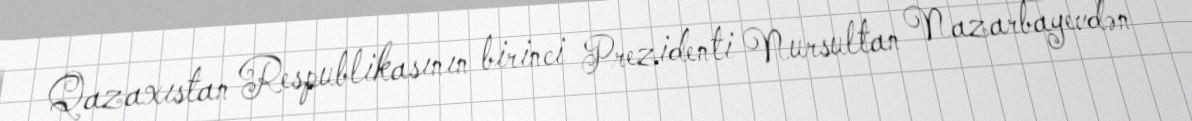
Qazaxıstan Respublikasının birinci Prezidenti Nursultan Nazarbayevdən